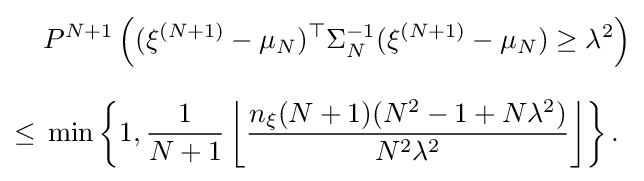
{\begin{aligned}&P^{N+1}\left((\xi ^{(N+1)}-\mu _{N})^{\top }\Sigma _{N}^{-1}(\xi ^{(N+1)}-\mu _{N})\geq \lambda ^{2}\right)\\[8pt]\leq {}&\min \left\{1,{\frac {1}{N+1}}\left\lfloor {\frac {n_{\xi }(N+1)(N^{2}-1+N\lambda ^{2})}{N^{2}\lambda ^{2}}}\right\rfloor \right\}.\end{aligned}}